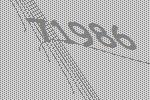
71986